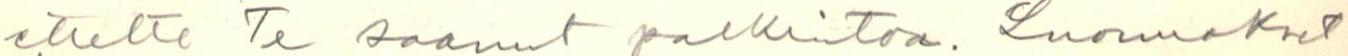
ettette Te saanut palkintoa. Luomukset